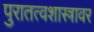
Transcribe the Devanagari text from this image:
पुरातत्वशास्त्रावर